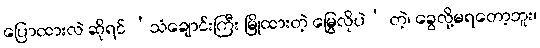
ပြောထားလဲ ဆိုရင် ‘သံချောင်းကြီး မြိုထားတဲ့ မြွေလိုပဲ’ တဲ့၊ ခွေလို့မရတော့ဘူး၊